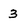
Character: 3